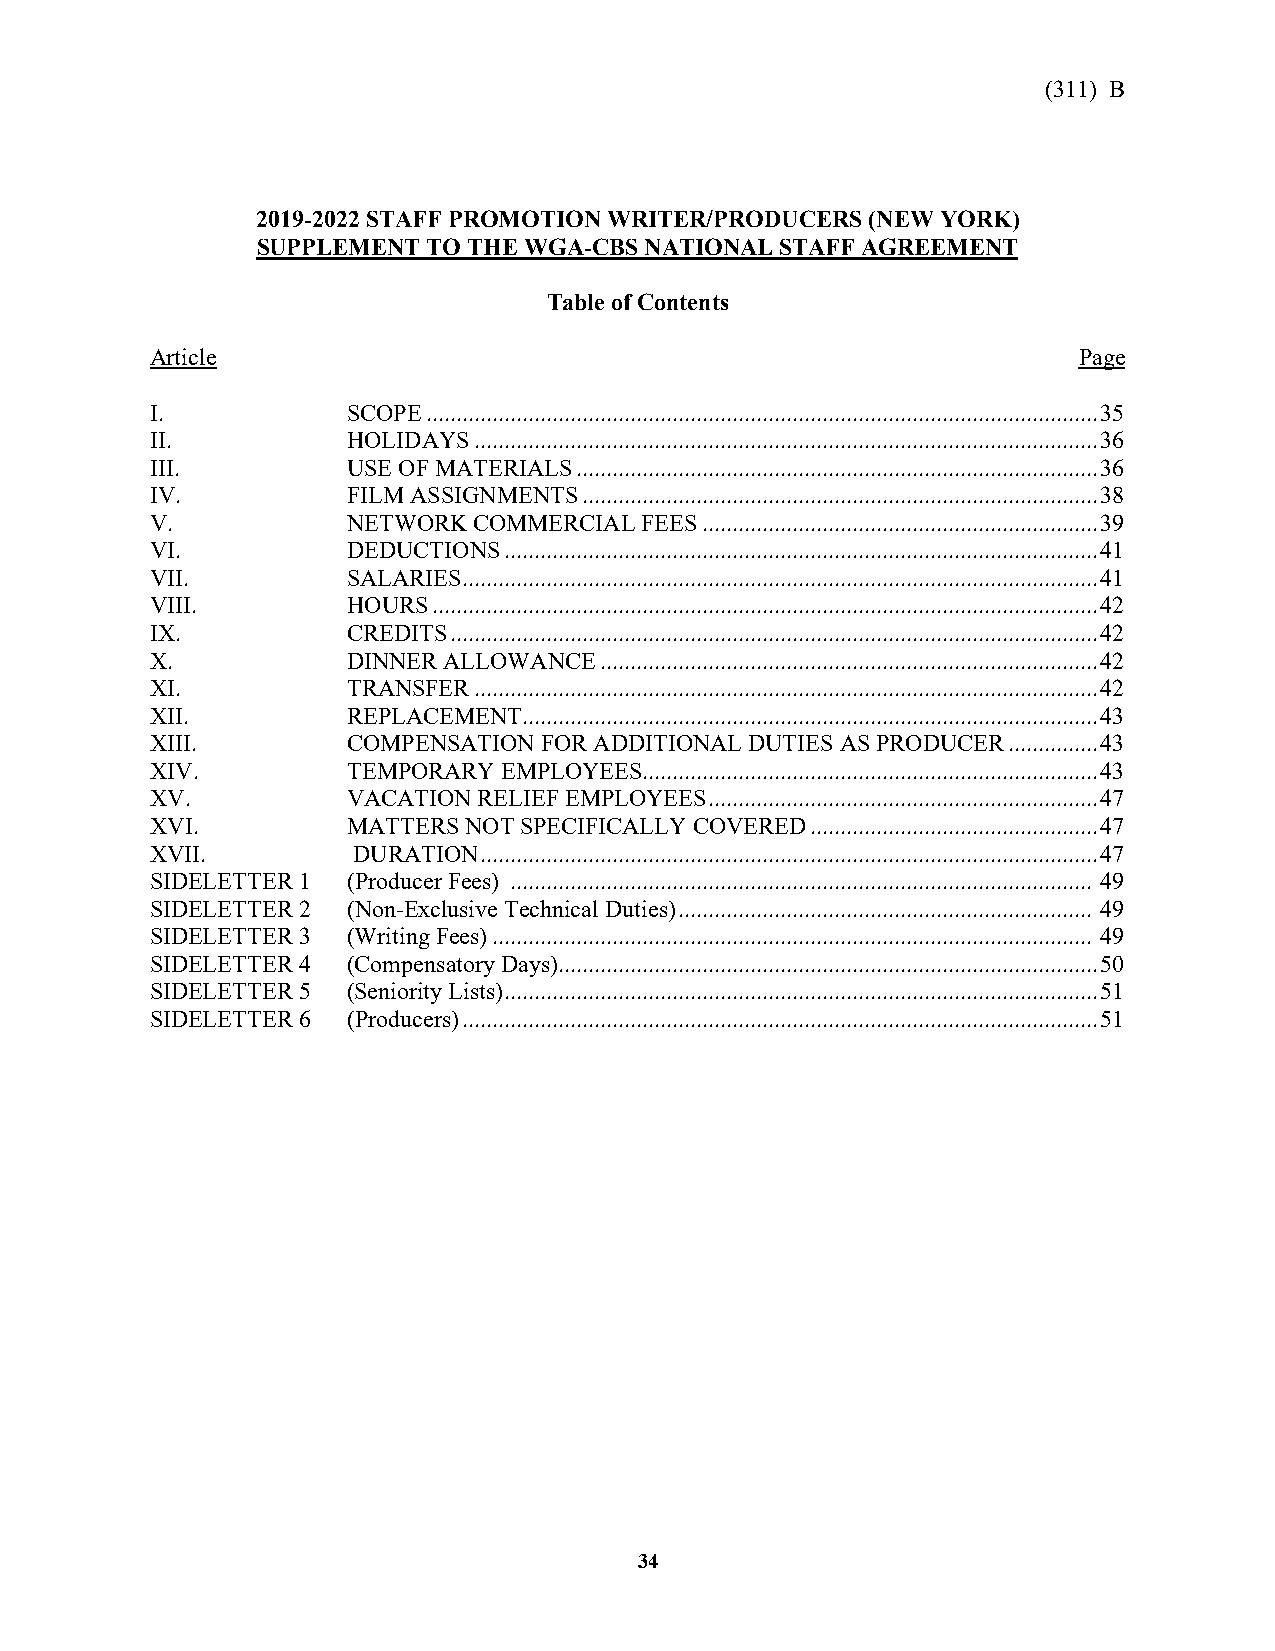
(311) B
 2019-2022 STAFF PROMOTION WRITER/PRODUCERS (NEW YORK)
 SUPPLEMENT TO THE WGA-CBS NATIONAL STAFF AGREEMENT
 Table of Contents
 Article                                                      Page
 I.           SCOPE ................................................................................................................ 35
 II.          HOLIDAYS ........................................................................................................ 36
 III.         USE OF MATERIALS ....................................................................................... 36
 IV.          FILM ASSIGNMENTS ...................................................................................... 38
 V.           NETWORK COMMERCIAL FEES .................................................................. 39
 VI.          DEDUCTIONS ................................................................................................... 41
 VII.         SALARIES .......................................................................................................... 41
 VIII.        HOURS ............................................................................................................... 42
 IX.          CREDITS ............................................................................................................ 42
 X.           DINNER ALLOWANCE ................................................................................... 42
 XI.          TRANSFER ........................................................................................................ 42
 XII.         REPLACEMENT ................................................................................................ 43
 XIII.        COMPENSATION FOR ADDITIONAL DUTIES AS PRODUCER ............... 43
 XIV.         TEMPORARY EMPLOYEES ............................................................................ 43
 XV.          VACATION RELIEF EMPLOYEES ................................................................. 47
 XVI.         MATTERS NOT SPECIFICALLY COVERED ................................................ 47
 XVII.        DURATION ....................................................................................................... 47
 SIDELETTER 1 (Producer Fees) ................................................................................................. 49
 SIDELETTER 2 (Non-Exclusive Technical Duties) ..................................................................... 49
 SIDELETTER 3 (Writing Fees) .................................................................................................... 49
 SIDELETTER 4 (Compensatory Days).......................................................................................... 50
 SIDELETTER 5 (Seniority Lists) ................................................................................................... 51
 SIDELETTER 6 (Producers) .......................................................................................................... 51
 3534